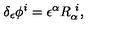
\delta _ { \epsilon } \phi ^ { i } = \epsilon ^ { \alpha } R _ { \alpha } ^ { \ i } ,